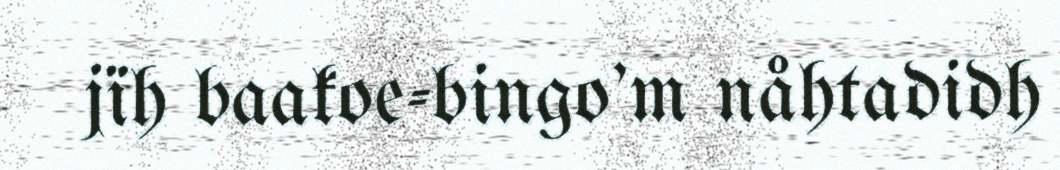
jïh baakoe-bingo'm nåhtadidh